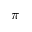
\pi